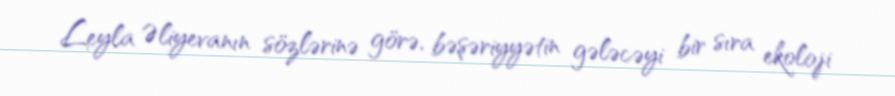
Leyla Əliyevanın sözlərinə görə, bəşəriyyətin gələcəyi bir sıra ekoloji